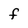
Character: f